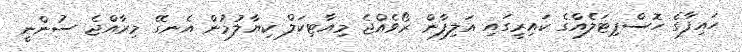
ހައިފާގެ ހޮސްޕިޓަލެއްގެ ކައިރީގައި އަލިފާން ރޯވެއްޖެ މިއާޓިކަލް ކިޔާލުމުން އެނގޭ މިރާއްޖެ ސުންނީ